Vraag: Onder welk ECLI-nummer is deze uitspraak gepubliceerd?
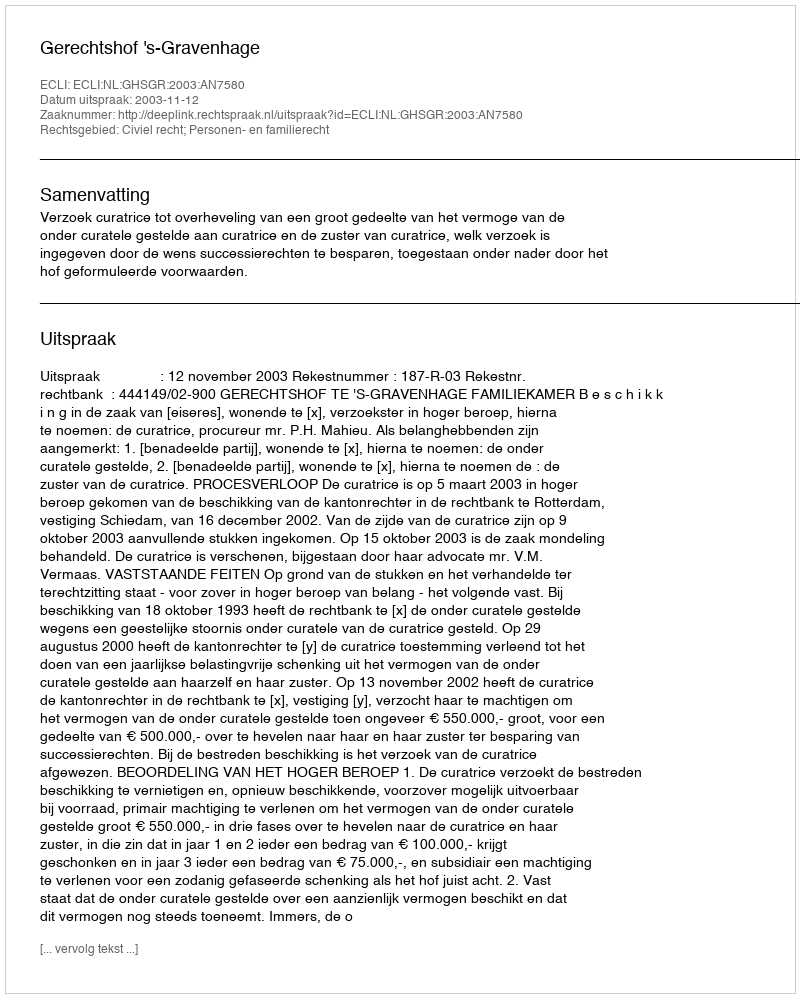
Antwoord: ECLI:NL:GHSGR:2003:AN7580